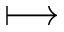
\longmapsto